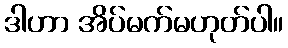
ဒါဟာ အိပ်မက်မဟုတ်ပါ။